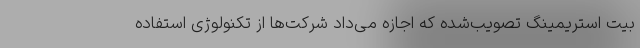
بیت استریمینگ تصویب‌شده که اجازه می‌داد شرکت‌ها از تکنولوژی استفاده